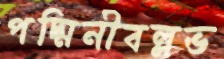
পদ্মিনীবল্লভ